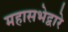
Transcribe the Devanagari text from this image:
महासभेद्वारे